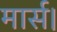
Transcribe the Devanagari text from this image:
मार्स।